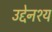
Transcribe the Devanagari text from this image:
उद्देनश्‍य